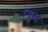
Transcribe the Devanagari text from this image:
प्र्मुख